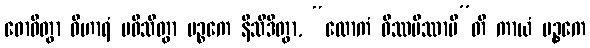
ဓောဝိတွာ ဝိဟာရံ ပဝိသိတွာ မဉ္စကေ နိသီဒိတွာ, “ထောကံ ဝိဿမိဿာမီ”တိ ကာယံ မဉ္စကေ